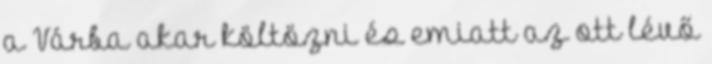
a Várba akar költözni és emiatt az ott lévő